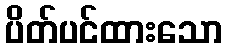
ပိတ်ပင်ထားသော